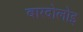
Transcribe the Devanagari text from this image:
बारदोलोइ